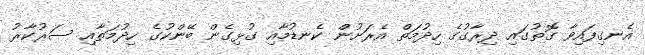
އެނގިފައިވާ ގޮތުގައި ދިރާގުގެ ހިދުމަތް އެރަށުން ކެނޑުމާއި ގުޅިގެން ބޭންކުގެ ހިދުމަތާއި ސަރުކާރު